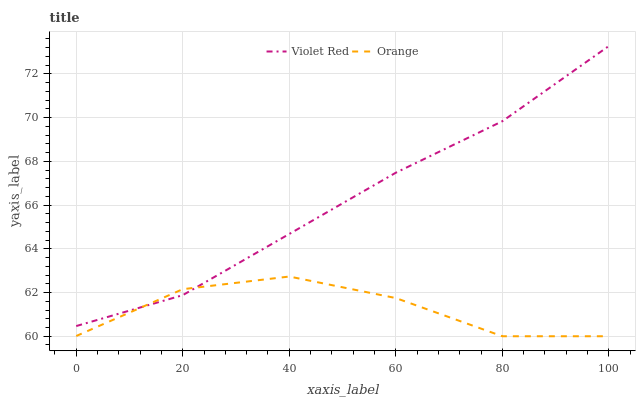
| xaxis_label | Violet Red | Orange |
 | --- | --- | --- |
 | 0 | 60.5 | 60 |
 | 20 | 61.9 | 62.2 |
 | 40 | 64.7 | 62.7 |
 | 60 | 67.5 | 61.7 |
 | 80 | 69.8 | 60 |
 | 100 | 73.3 | 60 |